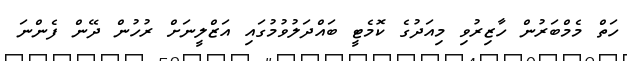
ހަތް މެމްބަރުން ހާޒިރުވި މިއަދުގެ ކޮމެޓީ ބައްދަލުވުމުގައި އަޒްލީނަށް ރުހުން ދޭން ފެންނަ